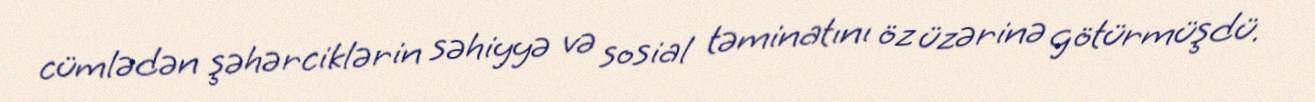
cümlədən şəhərciklərin səhiyyə və sosial təminatını öz üzərinə götürmüşdü.